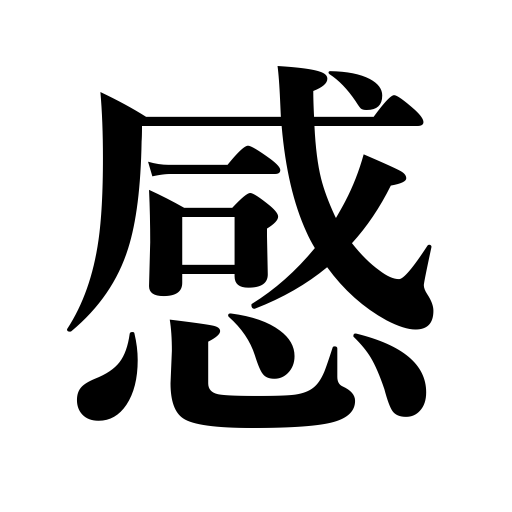
Meanings: sensation,feeling,emotion,sense,impression,intuition,sentiment